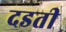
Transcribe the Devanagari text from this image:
दडती